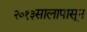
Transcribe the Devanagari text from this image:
२०१३सालापासून